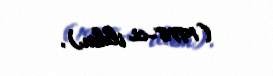
(1978-ci ildən).